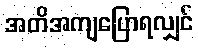
အတိအကျပြောရလျှင်